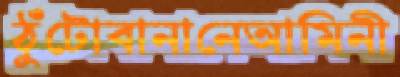
ঠুঁটোবানানেআমিনী